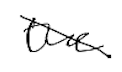
Text: the
Cross-out: diagonal
Writing tool: digital_black